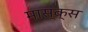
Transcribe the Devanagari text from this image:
मास्क्स